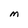
Character: M